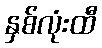
နှစ်လုံးထီ